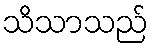
သိသာသည်